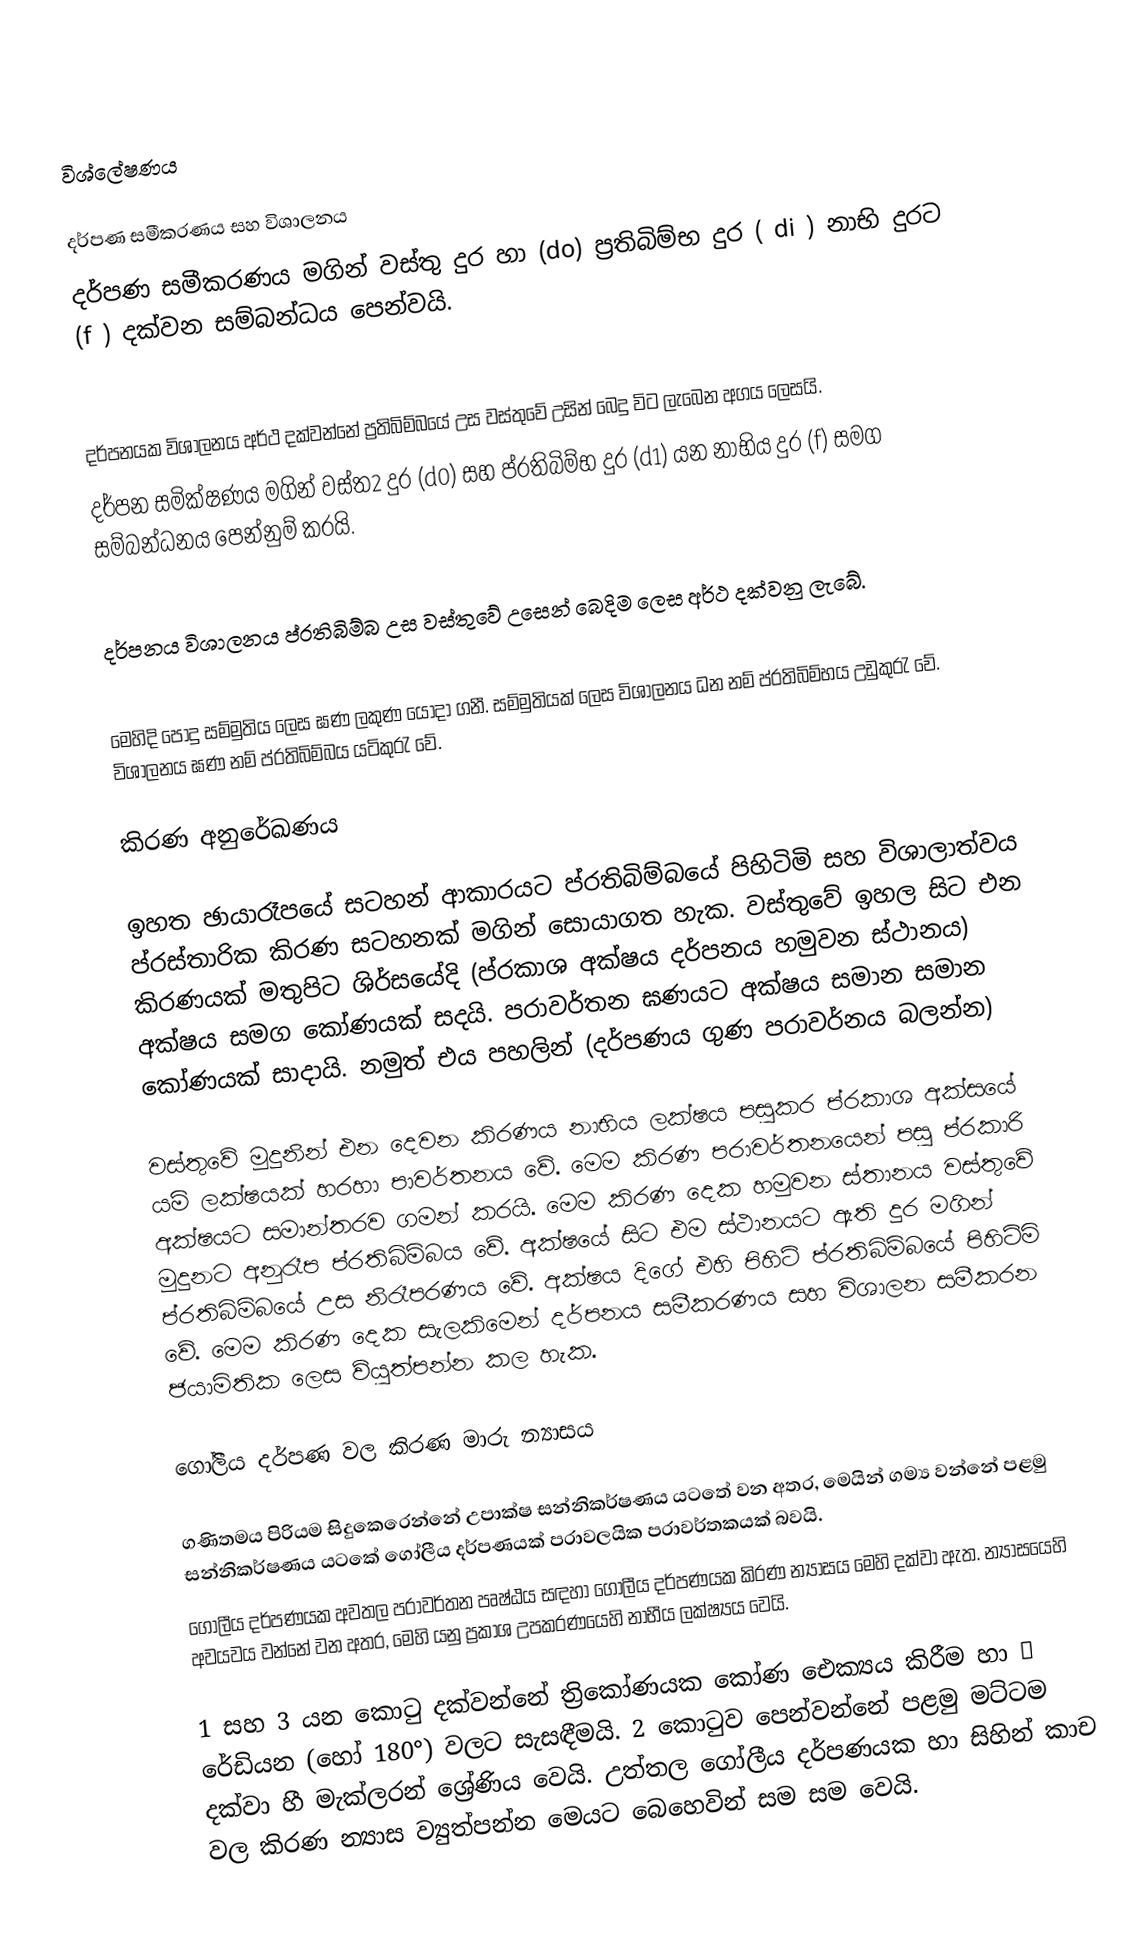

විශ්ලේෂණය

දර්පණ සමීකරණය සහ විශාලනය
දර්පණ සමීකරණය මගින් වස්තු දුර හා (do) ප්‍රතිබිම්භ දුර ( di  ) නාභි දුරට (f ) දක්වන සම්බන්ධය පෙන්වයි.

දර්පනයක විශාලනය අර්ථ දක්වන්නේ ප්‍රතිබිම්බයේ උස වස්තුවේ උසින් බෙදු විට ලැබෙන අගය ලෙසයි.
දර්පන සමික්ෂණය මගින් වස්ත2 දුර (d0) සහ ප්රතිබිම්භ දුර  (d1) යන නාභිය දුර (f) සමග සම්බන්ධනය පෙන්නුම් කරයි.

දර්පනය විශාලනය ප්රතිබිම්බ උස වස්තුවේ උසෙන් බෙදිම ලෙස අර්ථ දක්වනු ලැබේ.

මෙහිදි පොදු සම්මුතිය ලෙස ඝණ ලකුණ යොදා ගනී. සම්මුතියක් ලෙස විශාලනය ධන නම් ප්රතිබිම්භය උඩුකුරැ වේ. විශාලනය ඝණ නම් ප්රතිබිම්බය යටිකුරැ වේ.

කිරණ අනුරේඛණය

ඉහත ඡායාරෑපයේ සටහන් ආකාරයට ප්රතිබිම්බයේ පිහිටිමි සහ විශාලාත්වය ප්රස්තාරික කිරණ සටහනක් මගින් සොයාගත හැක. වස්තුවේ ඉහල සිට එන කිරණයක් මතුපිට ශිර්සයේදි (ප්රකාශ අක්ෂය දර්පනය හමුවන ස්ථානය) අක්ෂය සමග කෝණයක් සදයි. පරාවර්තන ඝණයට අක්ෂය සමාන සමාන කෝණයක් සාදායි. නමුත් එය පහලින් (දර්පණය ගුණ පරාවර්නය බලන්න)

වස්තුවේ මුදුනින් එන දෙවන කිරණය නාභිය ලක්ෂය පසුකර ප්රකාශ අක්සයේ යම් ලක්ෂයක් හරහා පාවර්තනය වේ. මෙම කිරණ පරාවර්තනයෙන් පසු ප්රකාරි අක්ෂයට සමාන්තරව ගමන් කරයි. මෙම කිරණ දෙක හමුවන ස්තානය වස්තුවේ මුදුනට අනුරෑප ප්රතිබිම්බය වේ. අක්ෂයේ සිට එම ස්ථානයට ඇති දුර මගින් ප්රතිබිම්බයේ උස නිරෑපරණය වේ. අක්ෂය දිගේ එහි පිහිටි ප්රතිබිම්බයේ පිහිටිමි වේ. මෙම කිරණ දෙක සැලකිමෙන් දර්පනය සමීකරණය සහ විශාලන සමීකරන ජයාමිතික ලෙස ව්යුත්පන්න කල හැක.

ගෝලීය දර්පණ වල කිරණ මාරු න්‍යාසය

ගණිතමය පිරියම සිදුකෙරෙන්නේ උපාක්ෂ සන්නිකර්ෂණය යටතේ වන අතර, මෙයින් ගම්‍ය වන්නේ පළමු සන්නිකර්ෂණය යටකේ ගෝලීය දර්පණයක් පරාවලයික පරාවර්තකයක් බවයි.
ගෝලීය දර්පණයක අවතල පරාවර්තන පෘෂ්ඨය සඳහා ගෝලීය දර්පණයක කිරණ න්‍යාසය මෙහි දක්වා ඇත. න්‍යාසයෙහි  අවයවය වන්නේ  වන අතර, මෙහි යනු ප්‍රකාශ උපකරණයෙහි නාභීය ලක්ෂ්‍යය වෙයි.

1 සහ 3 යන කොටු දක්වන්නේ ත්‍රිකෝණයක කෝණ ඓක්‍යය කිරීම හා π රේඩියන (හෝ 180°) වලට සැසඳීමයි. 2 කොටුව පෙන්වන්නේ පළමු මට්ටම දක්වා  හී මැක්ලරන් ශ්‍රේණිය වෙයි. උත්තල ගෝලීය දර්පණයක හා සිහින් කාච වල කිරණ න්‍යාස ව්‍යුත්පන්න මෙයට බෙහෙවින් සම සම වෙයි.